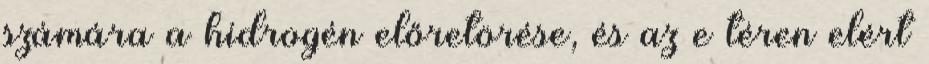
számára a hidrogén előretörése, és az e téren elért